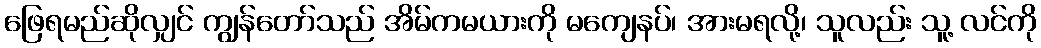
ဖြေရမည်ဆိုလျှင် ကျွန်တော်သည် အိမ်ကမယားကို မကျေနပ်၊ အားမရလို့၊ သူလည်း သူ့ လင်ကို